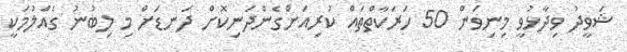
ޝަވީދު ވިދާޅުވީ މިނިވަން 50 ހަރަކާތްތައް ކުރިއަށްގެންދަނިކޮށް ދަނޑަށް މި ލިބުނު ގެއްލުމަކީ